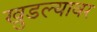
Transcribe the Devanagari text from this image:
खुडल्यावर